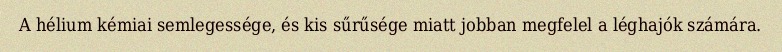
A hélium kémiai semlegessége, és kis sűrűsége miatt jobban megfelel a léghajók számára.